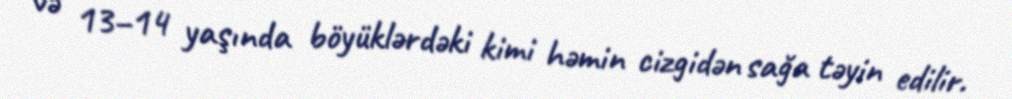
və 13–14 yaşında böyüklərdəki kimi həmin cizgidən sağa təyin edilir.